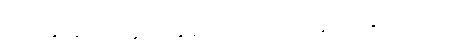
မလုပ်နိုင်ခဲ့တာတွေကို ကျွန်တော့်ကလေးတွေ လုပ်နိုင်စေဖို့ ပါပဲ။